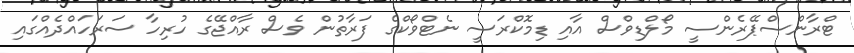
ޓްރާންސްޕޭރެންސީ މޯލްޑިވްސް އާއި ޑިމޮކްރަސީ ނެޓްވޯކްގެ ފަރާތުން ވެސް ރާއްޖޭގެ ހުރިހާ ސަރަހައްދެއްގައި